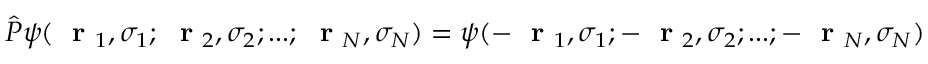
\hat { P } \psi ( \mathrm { ~ \bf ~ r ~ } _ { 1 } , \sigma _ { 1 } ; \mathrm { ~ \bf ~ r ~ } _ { 2 } , \sigma _ { 2 } ; . . . ; \mathrm { ~ \bf ~ r ~ } _ { N } , \sigma _ { N } ) = \psi ( - \mathrm { ~ \bf ~ r ~ } _ { 1 } , \sigma _ { 1 } ; - \mathrm { ~ \bf ~ r ~ } _ { 2 } , \sigma _ { 2 } ; . . . ; - \mathrm { ~ \bf ~ r ~ } _ { N } , \sigma _ { N } )